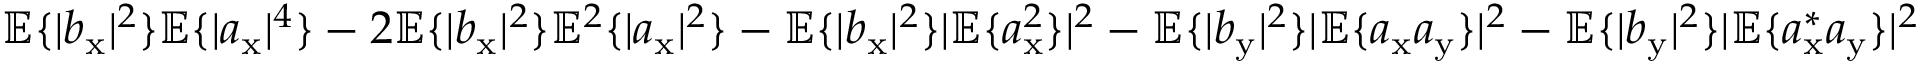
\mathbb { E } \{ | b _ { \mathrm { x } } | ^ { 2 } \} \mathbb { E } \{ | a _ { \mathrm { x } } | ^ { 4 } \} - 2 \mathbb { E } \{ | b _ { \mathrm { x } } | ^ { 2 } \} \mathbb { E } ^ { 2 } \{ | a _ { \mathrm { x } } | ^ { 2 } \} - \mathbb { E } \{ | b _ { \mathrm { x } } | ^ { 2 } \} | \mathbb { E } \{ a _ { \mathrm { x } } ^ { 2 } \} | ^ { 2 } - \mathbb { E } \{ | b _ { \mathrm { y } } | ^ { 2 } \} | \mathbb { E } \{ a _ { \mathrm { x } } a _ { \mathrm { y } } \} | ^ { 2 } - \mathbb { E } \{ | b _ { \mathrm { y } } | ^ { 2 } \} | \mathbb { E } \{ a _ { \mathrm { x } } ^ { \ast } a _ { \mathrm { y } } \} | ^ { 2 }